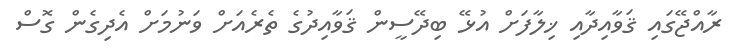
ރާއްޖޭގައި ޤަވާއިދާއި ޚިލާފަށް އުޅޭ ބިދޭސީން ޤަވާއިދުގެ ތެރެއަށް ވަނުމަށް އެދިގެން ގޮސް